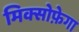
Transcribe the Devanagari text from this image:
मिक्सोफ़ेगा